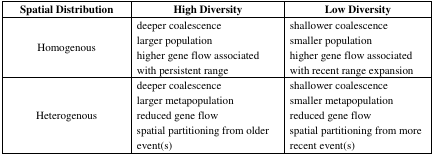
| Spatial Distribution | High Diversity | Low Diversity |
 | --- | --- | --- |
 | Homogenous | deeper coalescencelarger populationhigher gene flow associated with persistent range | shallower coalescencesmaller populationhigher gene flow associated with recent range expansion |
 | Heterogenous | deeper coalescencelarger metapopulationreduced gene flowspatial partitioning from older event(s) | shallower coalescencesmaller metapopulationreduced gene flowspatial partitioning from more recent event(s) |